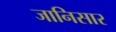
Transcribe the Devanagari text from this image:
जानिसार